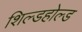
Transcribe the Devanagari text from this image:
शिल्डहोल्ड